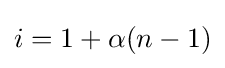
i=1+\alpha (n-1)